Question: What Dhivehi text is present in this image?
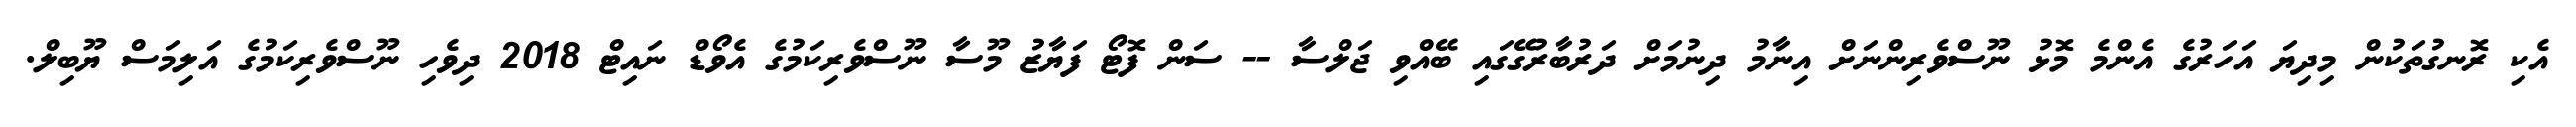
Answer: އެކި ރޮނގުތަކުން މިދިޔަ އަހަރުގެ އެންމެ މޮޅު ނޫސްވެރިންނަށް އިނާމު ދިނުމަށް ދަރުބާރުގޭގައި ބޭއްވި ޖަލްސާ -- ސަން ފޮޓޯ ފަޔާޒު މޫސާ ނޫސްވެރިކަމުގެ އެވޯޑް ނައިޓް 2018 ދިވެހި ނޫސްވެރިކަމުގެ އަލިމަސް ޔޫބިލް.